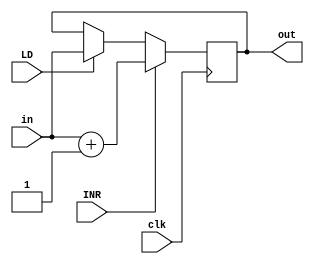
module DR_Reg(
    input INR,LD,clk/*,CLR*/
    ,input[7:0] in
    ,output reg [7:0] out
) ;
    always @(posedge clk ) begin
        // if(CLR) out<=8'b0;
         if(LD)  out <=in;
         if(INR)  out<=in+1;
    end


endmodule